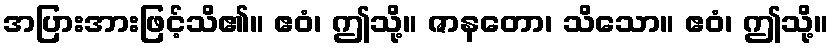
အပြားအားဖြင့်သိ၏။ ဧဝံ၊ ဤသို့။ ဇာနတော၊ သိသော။ ဧဝံ၊ ဤသို့။